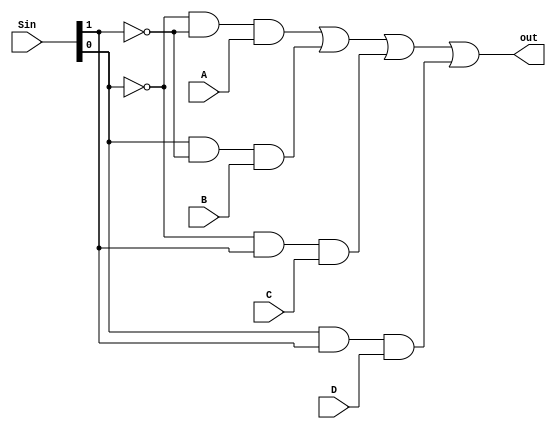
module m4to1_MUX_RTL(out,Sin,A,B,C,D);
    
    input wire A,B,C,D;
    input wire[1:0] Sin;
    output wire out;

    assign out= ((~Sin[0])&&(~Sin[1])&&A ) || ((Sin[0])&&(~Sin[1])&&B) || ((~Sin[0])&&(Sin[1])&&C) || ((Sin[0])&&(Sin[1])&&D);


endmodule // 4 to 1 mux

module m4to1_MUX_Behavior(out,Sin,A,B,C,D);

    input wire A,B,C,D;
    input wire [1:0] Sin;

    output reg out;

    always @(Sin,A,B,C,D) begin
       if(Sin==2'b00) out=A; 
       else if(Sin==2'b01) out=B;
       else if(Sin==2'b10) out=C;
       else  out=D;

    end



endmodule